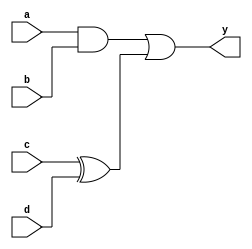

module noblock_assign
    (
        input a,
        input b, 
        input c,
        input d,
        
        output y
    );
    
    reg y_r;
    reg temp1;
    reg temp2;
    assign y = y_r;
    
    always @(a, b, c, d)
    begin
        temp1 = a & b;
        temp2 = c ^ d;
        y_r = temp1 | temp2;
    end
    
endmodule